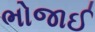
ભોજાઈ